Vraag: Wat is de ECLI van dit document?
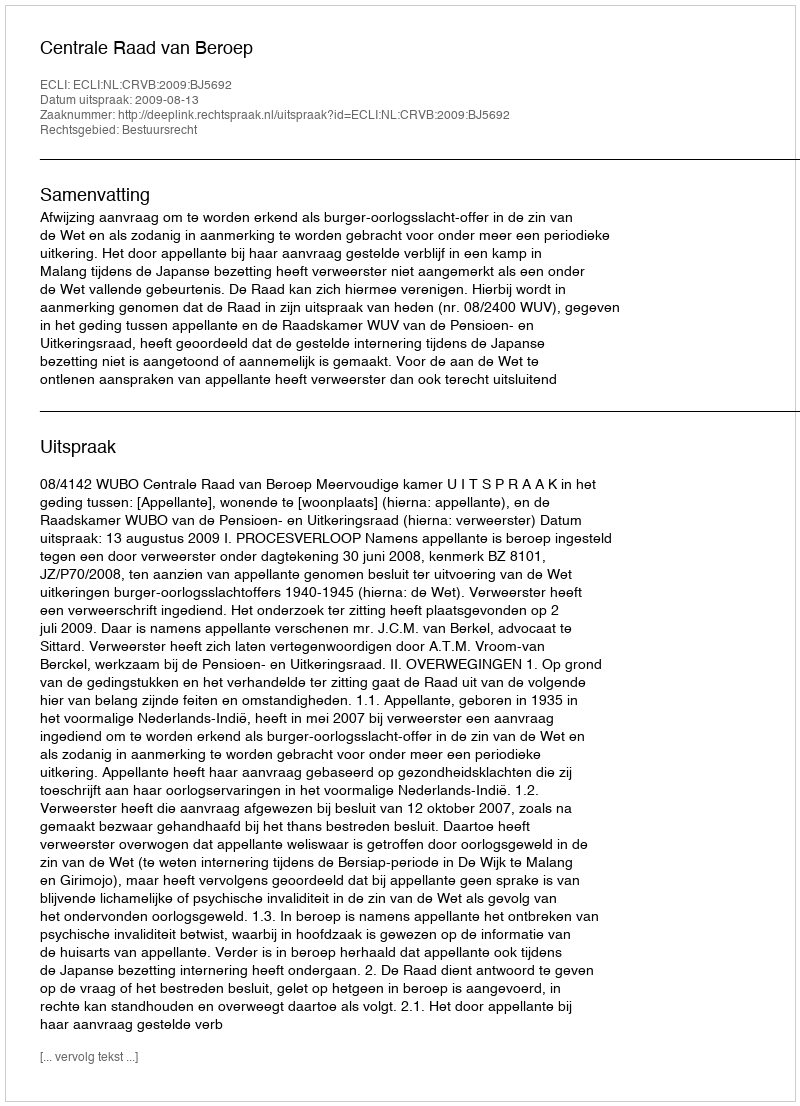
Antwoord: ECLI:NL:CRVB:2009:BJ5692